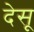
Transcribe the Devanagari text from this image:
देसू